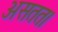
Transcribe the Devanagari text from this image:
असतत।